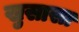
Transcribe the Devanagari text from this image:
खुसासा